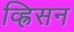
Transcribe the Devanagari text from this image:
व्ह्रिसन